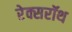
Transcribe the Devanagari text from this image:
रेक्सरॉथ